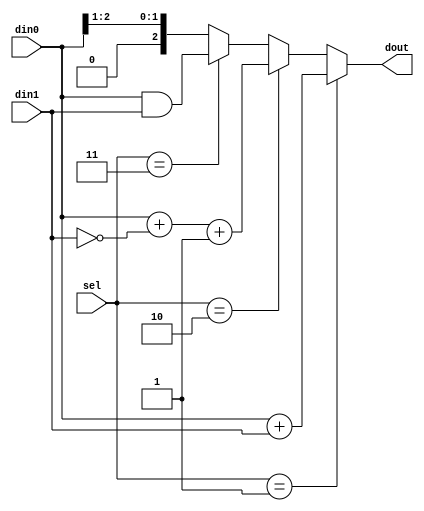
module hw_always_if(
    input [2:0] din0,
    input signed [2:0] din1,
    input [1:0] sel,

    output reg [2:0] dout
);

always @(sel)begin

    if (sel == 2'h1)
        dout <= din0 + din1;

    else if (sel == 2'h2)
        dout <= din0 + (~din1) + 1'h1;

    else if (sel == 2'h3)
        dout <= din0 & din1;

    else
        dout <= din0 >> 1;

end

endmodule